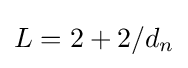
L=2+2/d_{n}